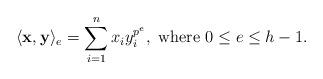
LaTeX: \begin{align*} \langle \mathbf{x},\mathbf{y} \rangle_e = \sum_{i=1}^{n}x_iy_i^{p^e},\ {\rm {where}}\ 0\leq e\leq h-1.\end{align*}